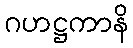
ဂဟဋ္ဌကာနိ